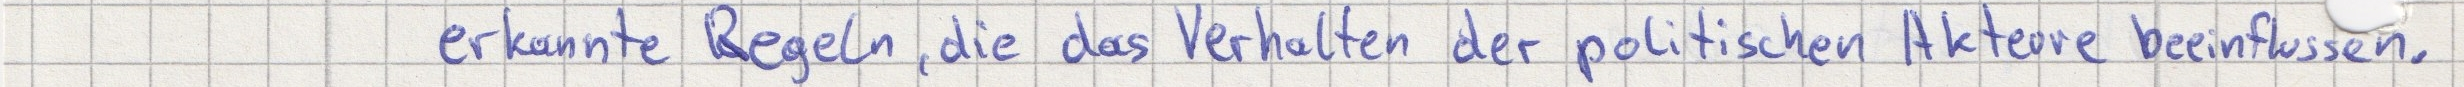
erkannte Regeln, die das Verhalten der politischen Akteure beeinflussen.